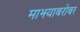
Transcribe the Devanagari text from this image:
माझ्याबरोबर